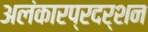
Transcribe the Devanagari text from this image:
अलंकारप्रदर्शन